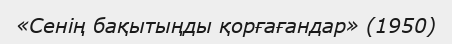
«Сенің бақытыңды қорғағандар» (1950)